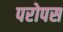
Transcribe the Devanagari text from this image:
परोपस